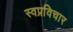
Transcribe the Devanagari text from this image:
स्वप्रविचार